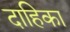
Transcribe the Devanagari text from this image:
दाहिका